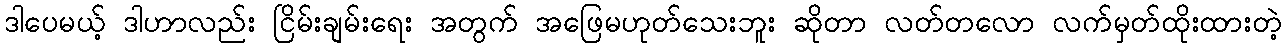
ဒါပေမယ့် ဒါဟာလည်း ငြိမ်းချမ်းရေး အတွက် အဖြေမဟုတ်သေးဘူး ဆိုတာ လတ်တလော လက်မှတ်ထိုးထားတဲ့